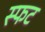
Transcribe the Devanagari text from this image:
स्फट